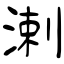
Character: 溂